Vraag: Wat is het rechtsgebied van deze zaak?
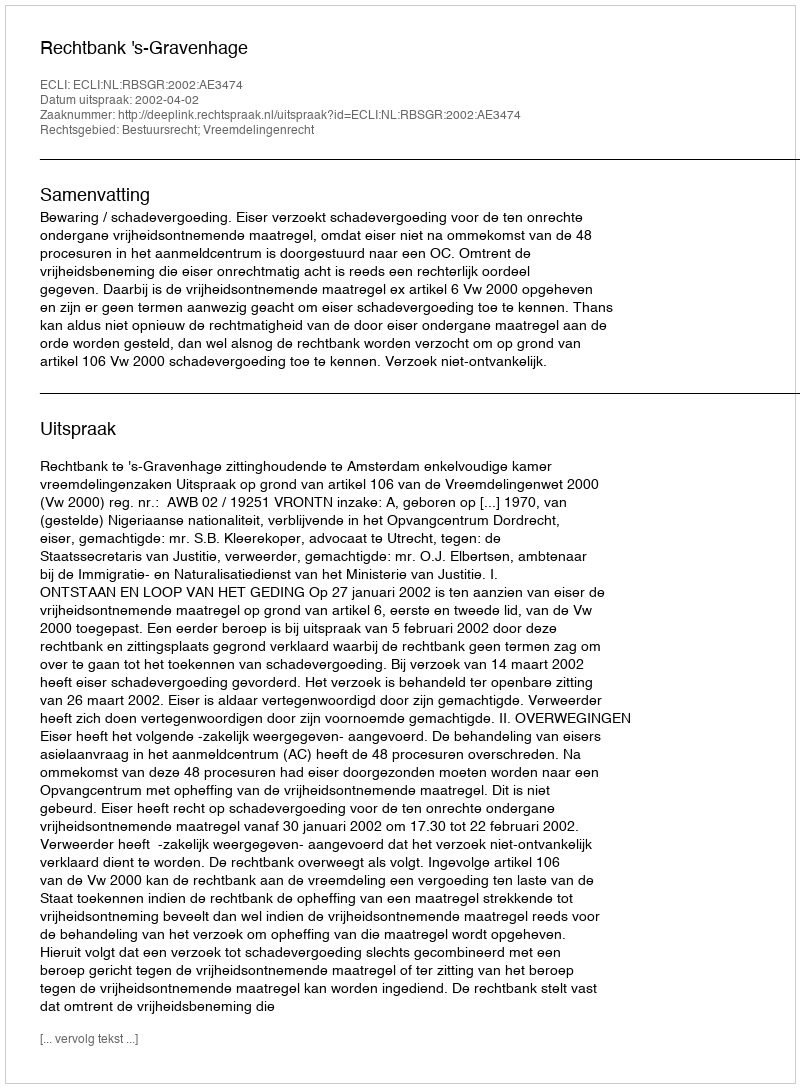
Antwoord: Bestuursrecht; Vreemdelingenrecht